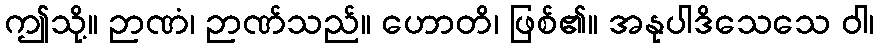
ဤသို့။ ဉာဏံ၊ ဉာဏ်သည်။ ဟောတိ၊ ဖြစ်၏။ အနုပါဒိသေသေ ဝါ၊